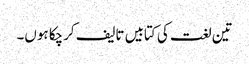
تین لغت کی کتابیں تالیف کرچکا ہوں۔